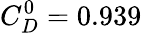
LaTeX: C_{D}^{0}=0.939